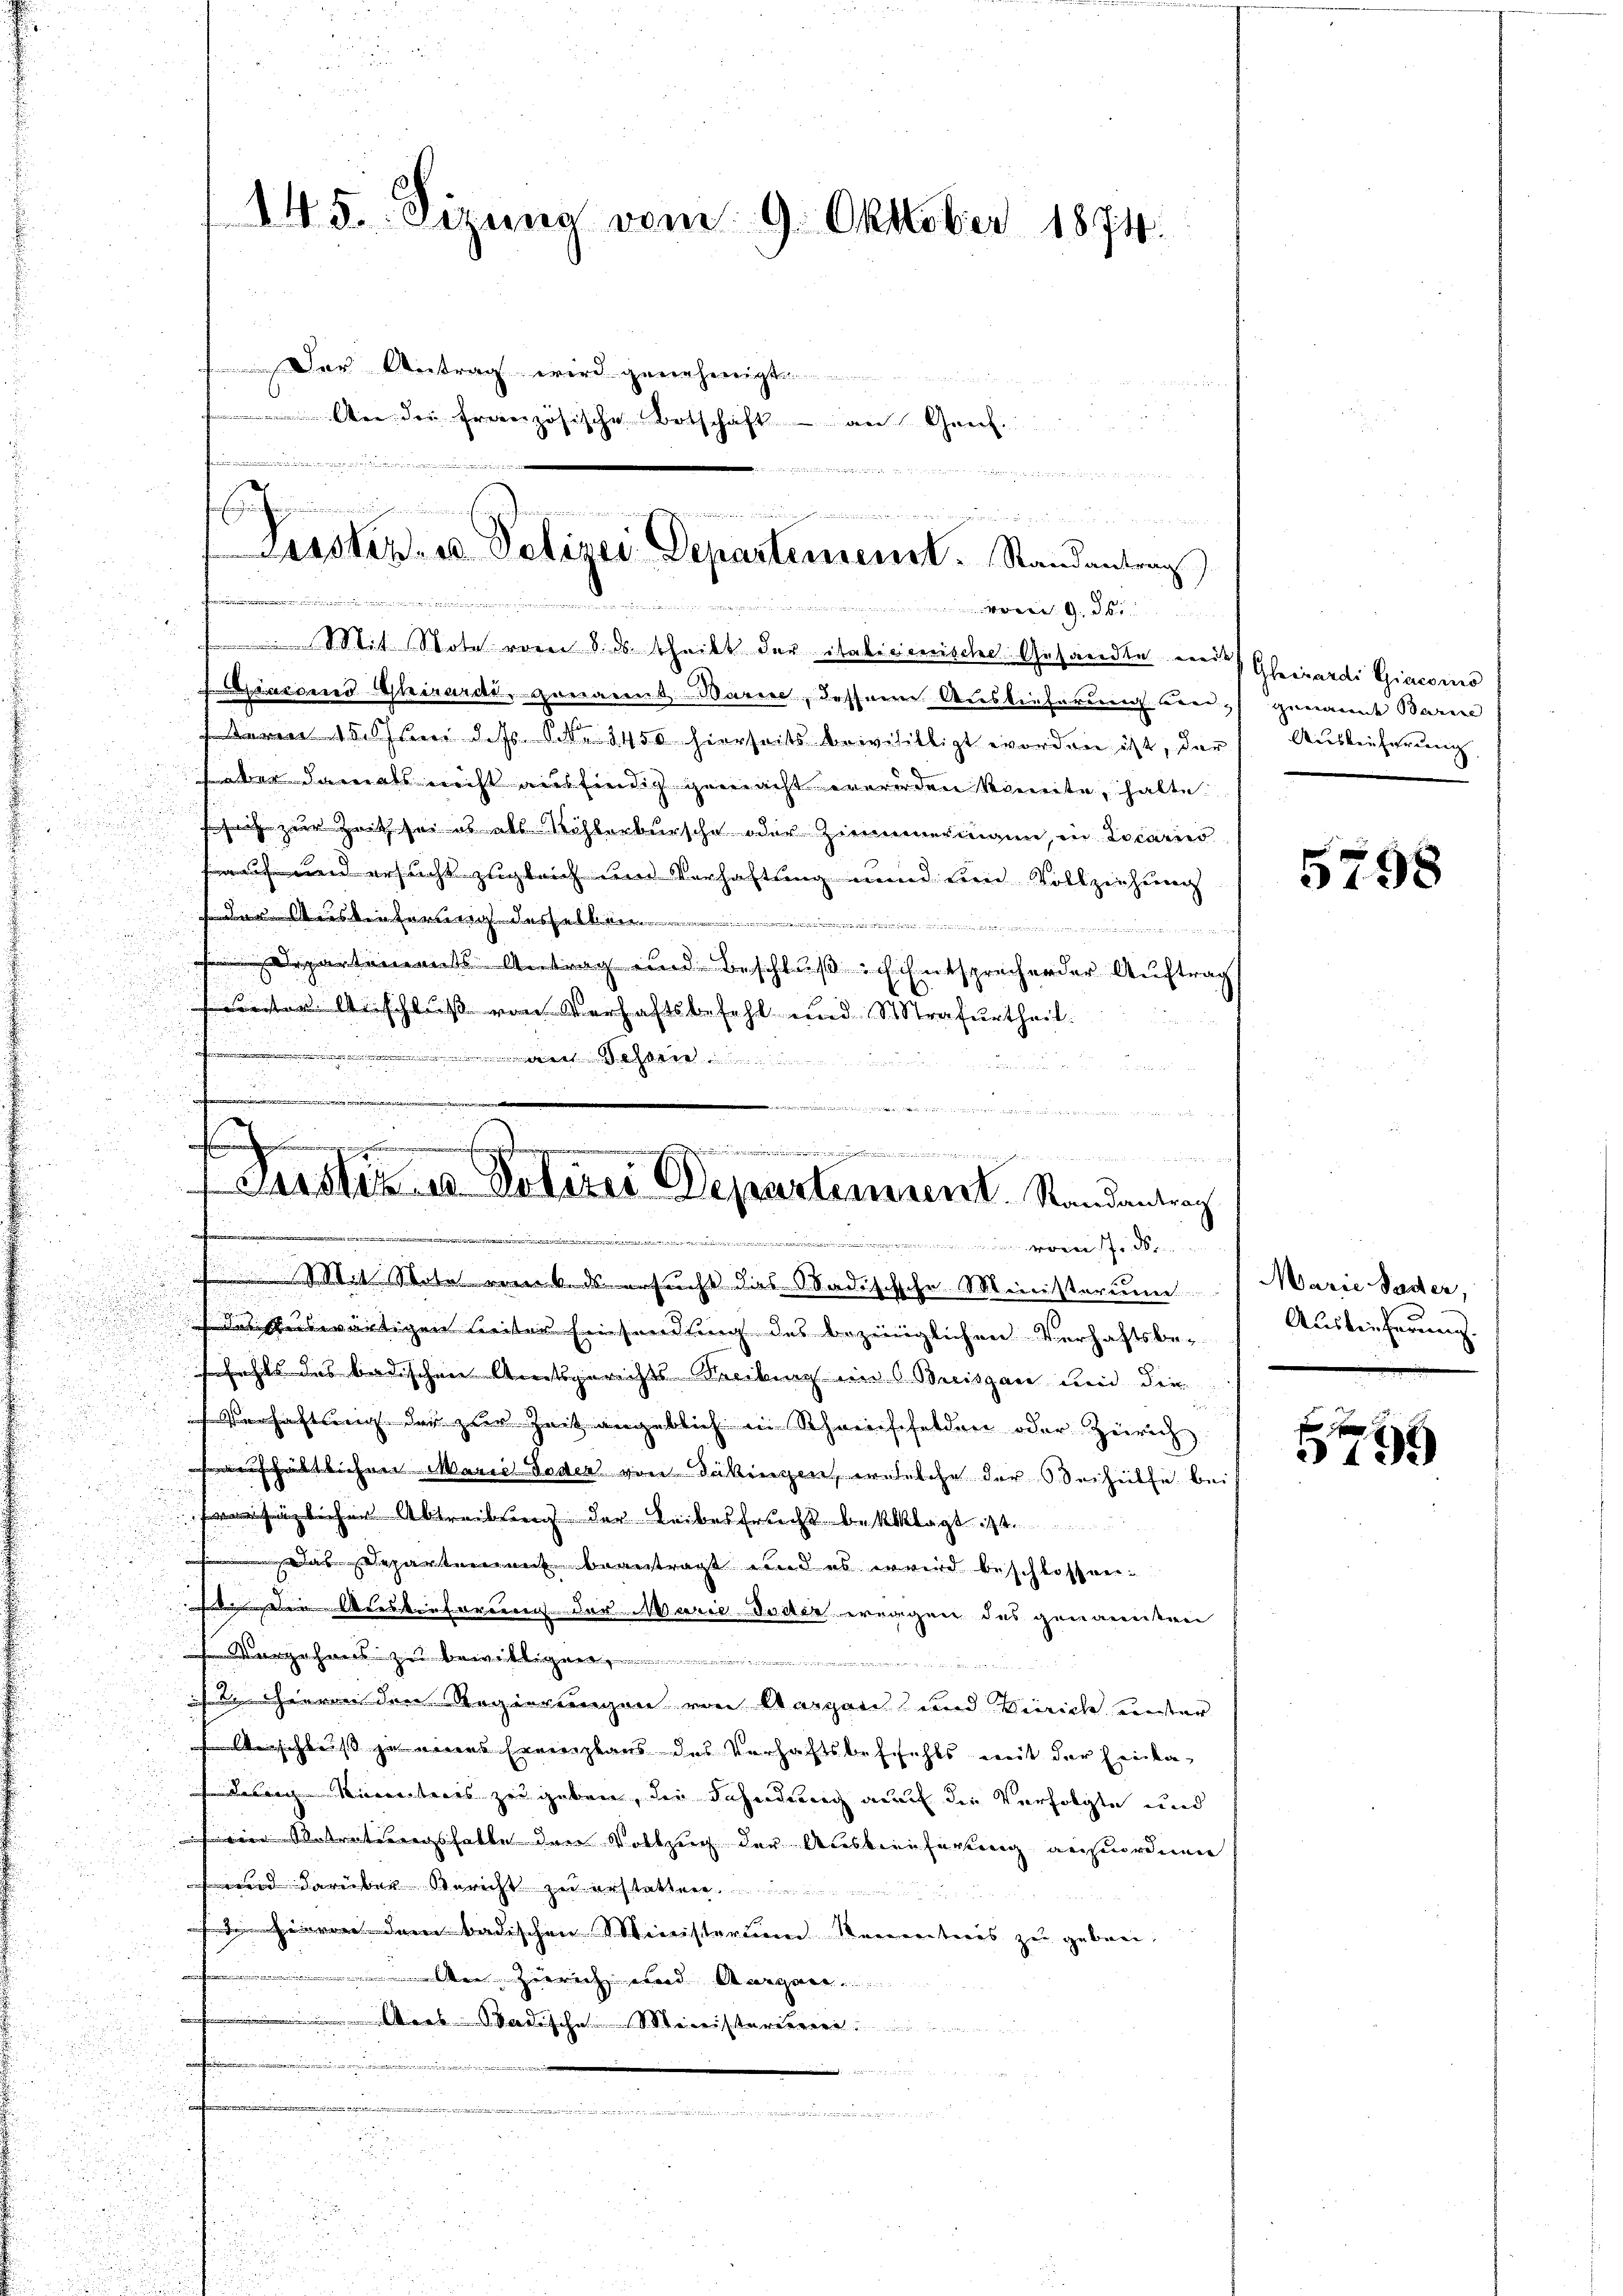
145. Sizung vom 9. Oktober 1874.
Der Antrag wird genehmigt.
 dei französische Ortschaft – an Genf.

.

himmen

Justiz- u Polizei Departement. Randantrag
.

Mit Note vom 8. ds. theilt der italicenische Gesandte von Girardi Giaconus

aren Chirardi, genannt Bern, dessen Auslieferung bei, genannt Barie
 15. Ja dass Nr. 3450 hierseits bewililligt worden ist, der Auslieferung
süber damals nicht ausfindig gemacht werden konnte, halte
sheit zur Zeit sei es als Wohlerbursche oder Zimmermann, in Locario
u
fruch und ersucht zugleich und Verhaftung unnd den Vollziehung
isleiterung desselben
u
Departements Antrag und Beschluß ich entsprechender Auftrag
werten Anschluß von Verhaftsbefehl und Strafurtheil.
d
.

e
i
 Fusster u. Polizei Departement. Randantrag
...........

Mit Stotel vom 6. ds ersucht das Badischsche Ministerium
desseitwärtigen Leiter Einsendung des bezinglichen Verhaftsbesfehls des badischen Amtsgerichts Reitag im Breisgau und die
erhaftung des zur Zeit angeblich in Schweisfelden oder Zürich
eehältlichen Marie Toder von Däkingen, wahrlohn der Beihülfe bei
n
fvorsäglichen Abtreibung der Leibesfrucht beklagt ist.
Das Departement beantragt und es wird beschlossen:
den Auslieferung der Marie dover wenigen des genannten
 Vergehens zu bewilligen
  ihreren den Regierungen von Aargau und Zürich unser
 Verschleiss zu eines Ernenplaus des Verhaftsbefehls weit der Einla-
 Leben Ministeres zu geben, die Fahndung auf die Verfolgte und
 eine Antratirungshalbe dere Vollzug der Ausbrieferung anzuordnen
 wird darüber Gericht zu erstatten,
dherren dem badischen Ministertion Kameriteres zu geben,
e zerrich und Aarga
Aeas Sardische Ministerieren
i

5798

Marie Pader,
Auslieferung.

fxx
349.